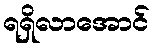
ရရှိလာအောင်